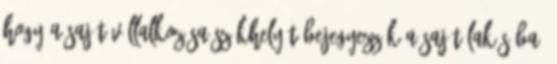
hogy a saját vállalkozása székhelyét bejegyezzék a saját lakásába.